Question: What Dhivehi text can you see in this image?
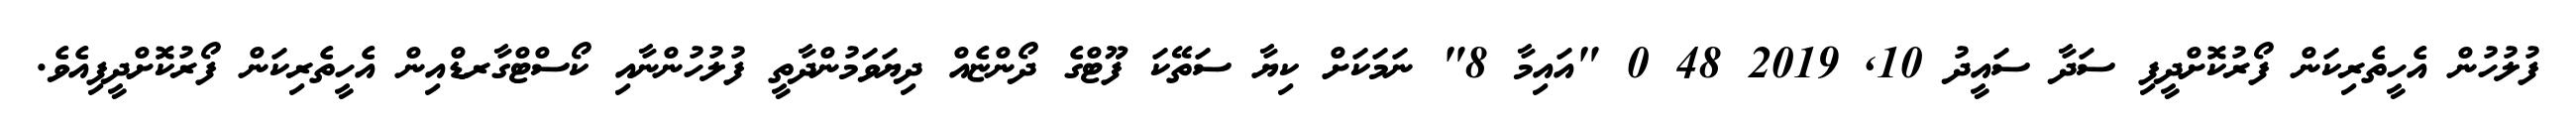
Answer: ފުލުހުން އެހީތެރިކަން ފޯރުކޮށްދީފި ސަދާ ސައީދު 10, 2019 48 0 "އައިމާ 8" ނަމަކަށް ކިޔާ ސަތޭކަ ފޫޓްގެ ދޯންޏެއް ދިޔަވަމުންދާތީ ފުލުހުންނާއި ކޯސްޓްގާރޑްއިން އެހީތެރިކަން ފޯރުކޮށްދީފިއެވެ.